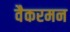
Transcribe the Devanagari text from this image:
वैकरमन